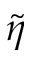
\tilde { \eta }